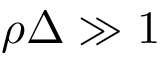
\rho \Delta \gg 1